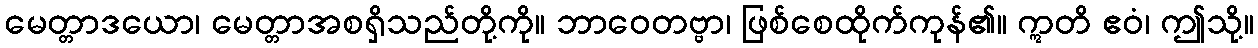
မေတ္တာဒယော၊ မေတ္တာအစရှိသည်တို့ကို။ ဘာဝေတဗ္ဗာ၊ ဖြစ်စေထိုက်ကုန်၏။ ဣတိ ဧဝံ၊ ဤသို့။